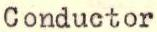
Conductor